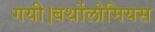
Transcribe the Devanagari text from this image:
गयी।बर्थोलोमियस